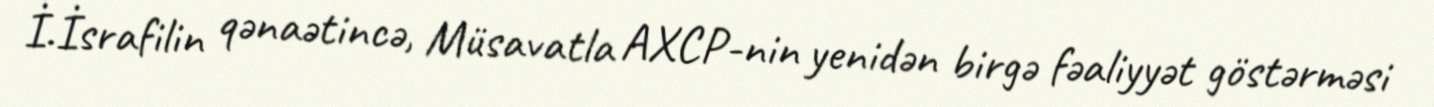
İ.İsrafilin qənaətincə, Müsavatla AXCP-nin yenidən birgə fəaliyyət göstərməsi